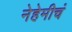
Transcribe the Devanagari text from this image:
नेहेमीचं